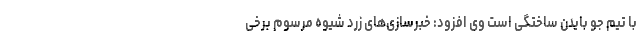
با تیم جو بایدن ساختگی است وی افزود: خبرسازی‌های زرد شیوه مرسوم برخی